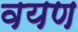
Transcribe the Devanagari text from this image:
वयण